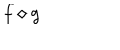
LaTeX: f \diamond g